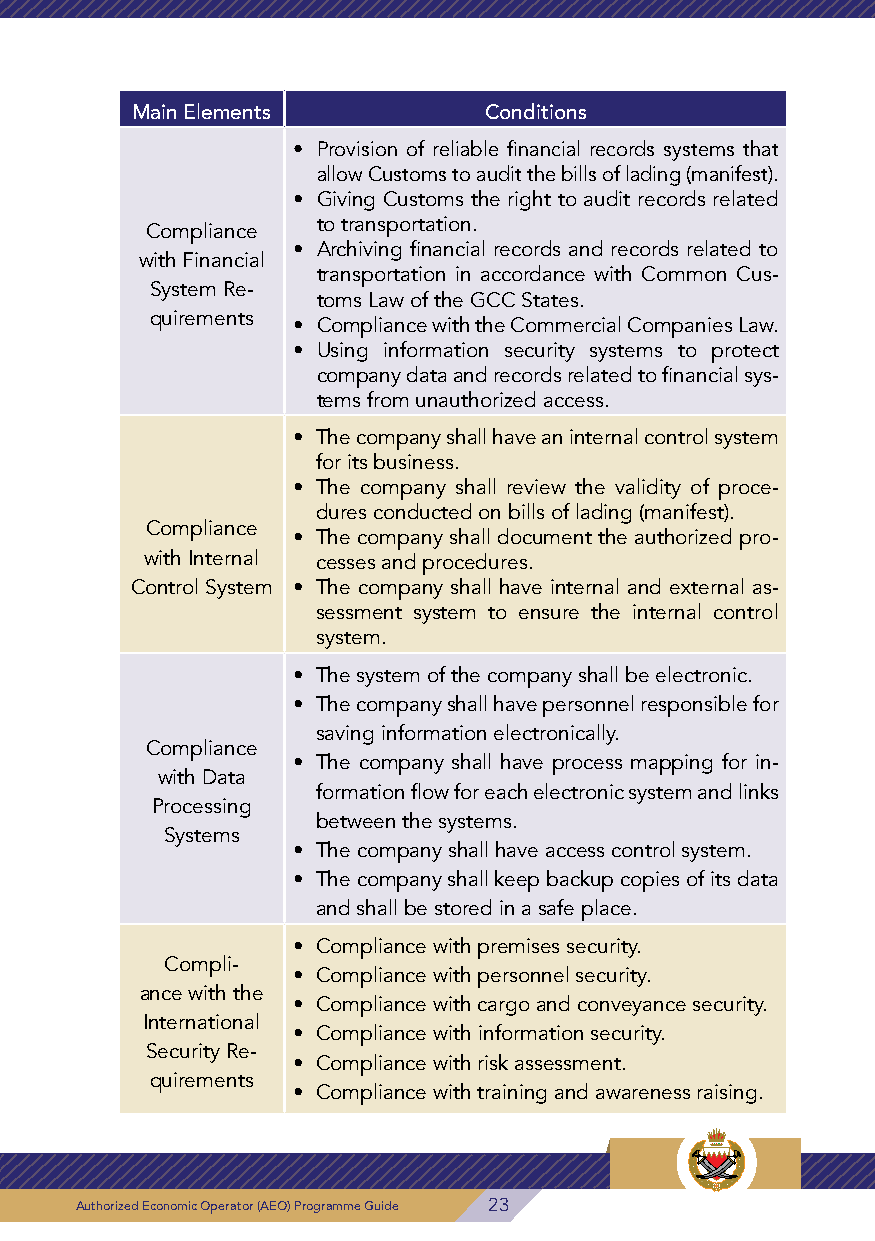
4- Warehouse and Storages Scope
 Main Elements          Conditions
 Main Elements Conditions • Provision of reliable financial records systems that
 allow Customs to audit the bills of lading (manifest).
 • Company establishment period: Shall not be less
 • Giving Customs the right to audit records related
 than 2 years. Compliance to transportation.
 • Number of employees of the company: Shall not • Archiving financial records and records related to
 with Financial
 be less than 40 employees. transportation in accordance with Common Cus-
 System Re-
 toms Law of the GCC States.
 • The company shall achieve a compliance rate of
 quirements • Compliance with the Commercial Companies Law.
 90%.
 • Using information security systems to protect
 • Inventory volume shall not be less than 1000 bills
 company data and records related to financial sys-
 of lading during the previous two years. tems from unauthorized access.
 • Stored goods shortage or suspicious packages
 • The company shall have an internal control system
 shall not exceed ratio of 0.001 of the number of
 for its business.
 stored goods during the previous two years. • The company shall review the validity of proce-
 • The company shall not commit customs offences dures conducted on bills of lading (manifest).
 Compliance
 within two years from the date of application, as • The company shall document the authorized pro-
 with Internal cesses and procedures.
 follows:
 Compliance Control System • The company shall have internal and external as-
 • The company shall not commit customs offences
 with Basic Cus-      sessment system to ensure the internal control
 within two years from the date of application, as
 toms Require-        system.
 follows:
 ments              • The system of the company shall be electronic.
 ◆◆Committing customs offences worth more than
 • The company shall have personnel responsible for
 BD 500
 saving information electronically.
 or        Compliance
 • The company shall have process mapping for in-
 • Offence value exceeds 10% of the declared value with Data
 formation flow for each electronic system and links
 of goods  Processing
 between the systems.
 ◆◆Committing material offences related to pro- Systems
 • The company shall have access control system.
 hibited goods or restricted goods
 • The company shall keep backup copies of its data
 ◆◆Committing offences related to control bodies
 and shall be stored in a safe place.
 • Good conduct of owners of the company and au-
 thorized signatories. • Compliance with premises security.
 Compli-
 • Meeting the requirements stated in compliance • Compliance with personnel security.
 ance with the
 assessment form according to the company activ- • Compliance with cargo and conveyance security.
 International
 ity.               • Compliance with information security.
 Security Re-
 • Compliance with risk assessment.
 quirements
 • Compliance with training and awareness raising.
 24 Authorized Economic Operator (AEO) Programme Guide Authorized Economic Operator (AEO) Programme Guide 23